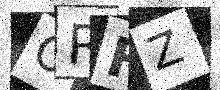
Text: ORFZ